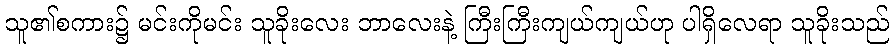
သူ၏စကား၌ မင်းကိုမင်း သူခိုးလေး ဘာလေးနဲ့ ကြီးကြီးကျယ်ကျယ်ဟု ပါရှိလေရာ သူခိုးသည်